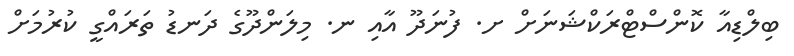
ބިލްޑިއާ ކޮންސްޓްރަކްޝަނަށް ށ. ފުނަދޫ އާއި ނ. މިލަންދޫގެ ދަނޑު ތަރައްގީ ކުރުމަށް